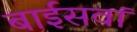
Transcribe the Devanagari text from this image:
बाईसवां